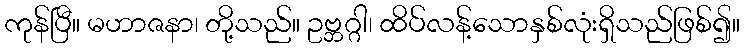
ကုန်ပြီ။ မဟာဇနာ၊ တို့သည်။ ဥဗ္ဘဂ္ဂါ၊ ထိပ်လန့်သောနှစ်လုံးရှိသည်ဖြစ်၍။